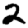
Digit: 2